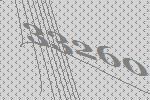
33260